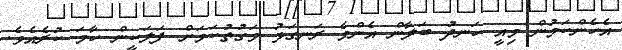
އެހެންކަމުން މިއީ ހަނދު ބަލާން އެންމެ ރަނގަޅު ވަގުތުކަމަށް ފަލަކީން ހާމަ ކުރެއެވެ.